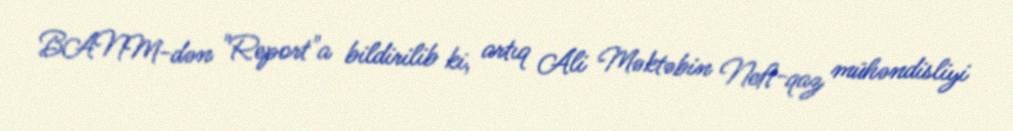
BANM-dən "Report"a bildirilib ki, artıq Ali Məktəbin Neft-qaz mühəndisliyi